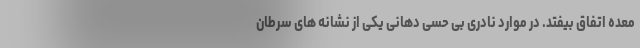
معده اتفاق بیفتد. در موارد نادری بی حسی دهانی یکی از نشانه های سرطان